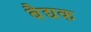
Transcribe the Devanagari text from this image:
बैद्यक